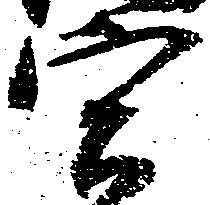
宮